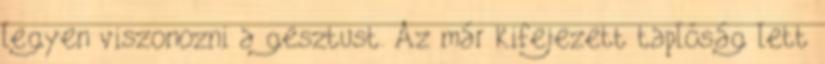
legyen viszonozni a gesztust. Az már kifejezett taplóság lett